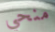
منحي